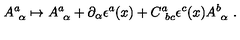
A _ { \ \alpha } ^ { a } \mapsto A _ { \ \alpha } ^ { a } + \partial _ { \alpha } \epsilon ^ { a } ( x ) + C _ { \ b c } ^ { a } \epsilon ^ { c } ( x ) A _ { \ \alpha } ^ { b } \ .